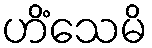
ဟိံသေမိ